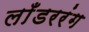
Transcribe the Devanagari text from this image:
लाँडररंग